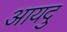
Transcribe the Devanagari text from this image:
आयदु